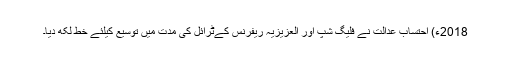
2018ء) احتساب عدالت نے فلیگ شپ اور العزیزیہ ریفرنس کےٹرائل کی مدت میں توسیع کیلئے خط لکھ دیا۔